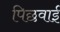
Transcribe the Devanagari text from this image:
पिछवाई